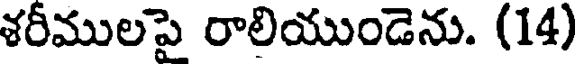
శరీములపై రాలియుండెను. (14)